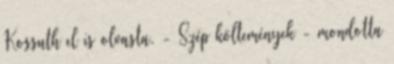
Kossuth el is olvasta. - Szép költemények - mondotta